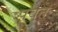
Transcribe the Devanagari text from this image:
पवत